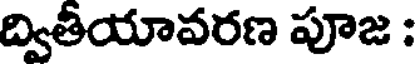
ద్వితీయావరణ పూజ :